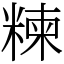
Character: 𥻂